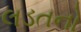
લડતનો